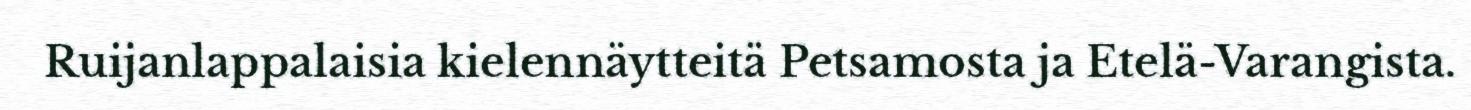
Ruijanlappalaisia kielennäytteitä Petsamosta ja Etelä-Varangista.